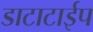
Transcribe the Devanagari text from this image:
डाटाटाईप